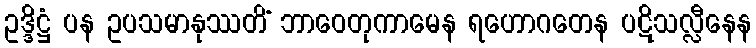
ဥဒ္ဒိဋ္ဌံ ပန ဥပသမာနုဿတိံ ဘာဝေတုကာမေန ရဟောဂတေန ပဋိသလ္လီနေန